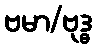
ဗမာ/ဗုဒ္ဓ